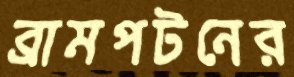
ব্রামপটনের